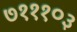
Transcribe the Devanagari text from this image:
७१११०३